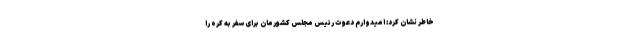
خاطر نشان کرد: امیدوارم دعوت رئیس مجلس کشورمان برای سفر به کره را